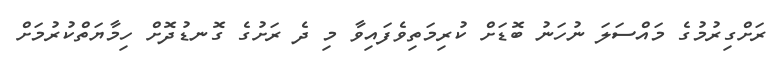
ރަށްގިރުމުގެ މައްސަލަ ނުހަނު ބޮޑަށް ކުރިމަތިވެފައިވާ މި ދެ ރަށުގެ ގޮނޑުދޮށް ހިމާޔަތްކުރުމަށް